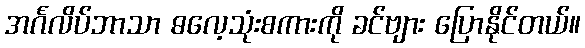
အင်္ဂလိပ်ဘာသာ ဓလေ့သုံးစကားကို ခင်ဗျား ပြောနိုင်တယ်။